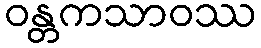
ဝန္တကသာဝဿ